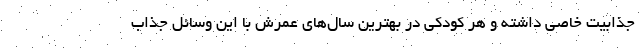
جذابیت خاصی داشته و هر کودکی در بهترین سال‌های عمرش با این وسائل جذاب